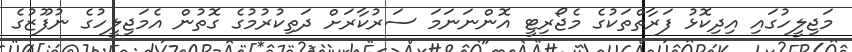
މަޖިލީހުގައި އިދިކޮޅު ފަރާތްތަކުގެ މެޖޯރިޓީ އޮންނަނަމަ ސަރުކާރަށް ދަތިކުރުމުގެ ގޮތުން އެމަޖިލީހުގެ ނުފޫޒުގެ